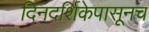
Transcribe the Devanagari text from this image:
दिनदर्शिकेपासूनच